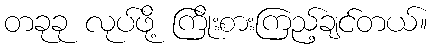
တခုခု လုပ်ဖို့ ကြိုးစားကြည့်ချင်တယ်။